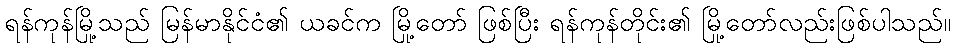
ရန်ကုန်မြို့သည် မြန်မာနိုင်ငံ၏ ယခင်က မြို့တော် ဖြစ်ပြီး ရန်ကုန်တိုင်း၏ မြို့တော်လည်းဖြစ်ပါသည်။